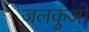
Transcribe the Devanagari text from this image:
जलकुओं